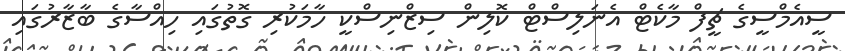
ސީއެމްސީގެ ޗީފް މާކެޓް އެނަލިސްޓް ކޮލިން ސިޒްނިސްކީ ހާމަކުރި ގޮތުގައި ހިއްސާގެ ބާޒާރުގައި